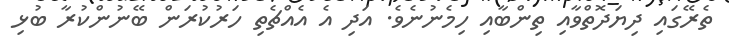
ތެރޭގައި ދިޔަދޮތްވާއި ތިންބާއި ހިމެނުނެވެ. އަދި އެ އެއްޗެތި ހަރުކުރަން ބޭނުންކުރާ ބުޅި